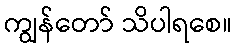
ကျွန်တော် သိပါရစေ။